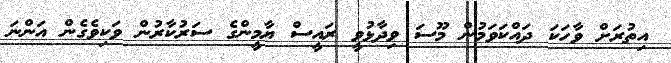
އިތުރަށް ވާހަކަ ދައްކަވަމުން މޫސަ ވިދާޅުވީ ރައީސް ޔާމީންގެ ސަރުކާރުން ވަކިވެގެން އަންނަ